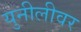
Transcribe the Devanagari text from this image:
युनीलीवर